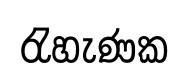
රැහැණක